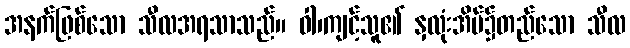
အနက်ဖြစ်သော သီလအရသာသည်။ ဝါ၊ကျင့်သူ၏ နှလုံးအိမ်၌တည်သော သီလ